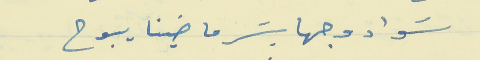
سَواد وجها بسَر ماضينا يبوح